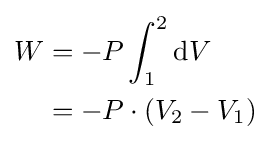
{\begin{aligned}W&=-P\int _{1}^{2}\mathrm {d} V\\&=-P\cdot \left(V_{2}-V_{1}\right)\end{aligned}}